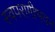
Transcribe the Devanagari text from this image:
स्वपरागीभवन